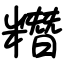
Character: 糣